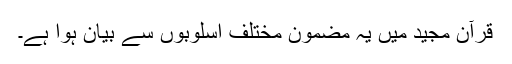
قرآن مجید میں یہ مضمون مختلف اسلوبوں سے بیان ہوا ہے۔